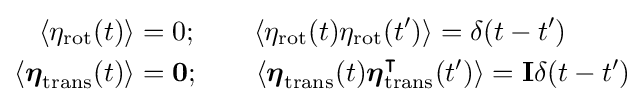
{\begin{aligned}\langle \eta _{\text{rot}}(t)\rangle &=0;\qquad \langle \eta _{\text{rot}}(t)\eta _{\text{rot}}(t')\rangle =\delta (t-t')\\\langle {\boldsymbol {\eta }}_{\text{trans}}(t)\rangle &={\boldsymbol {0}};\qquad \langle {\boldsymbol {\eta }}_{\text{trans}}(t){\boldsymbol {\eta }}_{\text{trans}}^{\intercal }(t')\rangle =\mathbf {I} \delta (t-t')\end{aligned}}